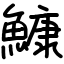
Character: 鱇